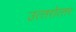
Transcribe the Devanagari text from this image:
उत्‍तरोत्‍तर